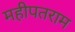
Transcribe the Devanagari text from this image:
महीपतराम